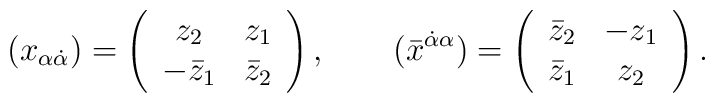
(x_{\alpha\dot\alpha})=\left(\begin{array}{cc} z_2 & z_1 \\ -\bar{z}_1 & \bar{z}_2 \end{array}\right), \qquad(\bar{x}^{\dot\alpha\alpha})=\left(\begin{array}{cc} \bar{z}_2 &- z_1 \\ \bar{z}_1 & z_2 \end{array}\right).